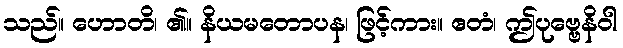
သည်။ ဟောတိ၊ ၏။ နိယမတောပန၊ ဖြင့်ကား။ ဧတံ၊ ဤပုဗ္ဗေနိဝါ